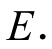
\(E.\)